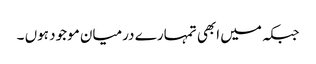
جبکہ میں ابھی تمہارے درمیان موجود ہوں ۔